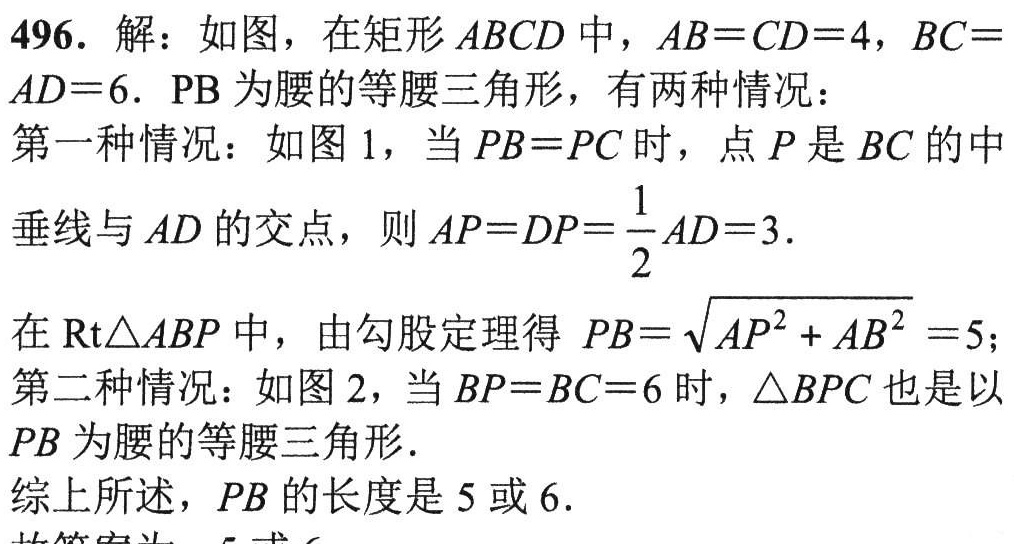
496. 解：如图，在矩形 \(ABCD\) 中，\(AB = CD = 4\)，\(BC = AD = 6\). \(PB\) 为腰的等腰三角形，有两种情况：
第一种情况：如图 1，当 \(PB = PC\) 时，点 \(P\) 是 \(BC\) 的中垂线与 \(AD\) 的交点，则 \(AP = DP=\frac{1}{2}AD = 3\).
在 \(\mathrm{Rt}\triangle ABP\) 中，由勾股定理得 \(PB = \sqrt{AP^{2}+AB^{2}} = 5\)；
第二种情况：如图 2，当 \(BP = BC = 6\) 时，\(\triangle BPC\) 也是以 \(PB\) 为腰的等腰三角形.
综上所述，\(PB\) 的长度是 \(5\) 或 \(6\).
故答案为：\(5\) 或 \(6\).